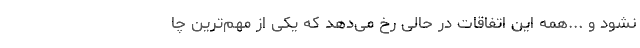
نشود و ...همه این اتفاقات در حالی رخ می‌دهد که یکی از مهم‌ترین چا